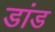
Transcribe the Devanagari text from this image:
डांड